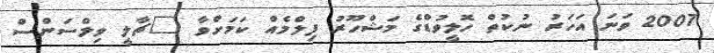
2007 ވަނަ އަހަރު ނުކުތް ހޮލީވުޑްގެ މަޝްހޫރު ފިލްމެއް ކަމަށްވާ "ޗާލީ ވިލްސަންސް